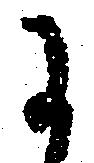
に